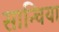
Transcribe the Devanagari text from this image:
सान्चिया